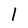
Character: l